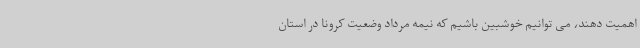
اهمیت دهند، می توانیم خوشبین باشیم که نیمه مرداد وضعیت کرونا در استان